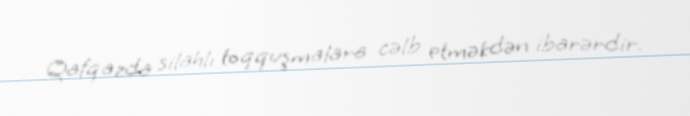
Qafqazda silahlı toqquşmalara cəlb etməkdən ibarərdir.